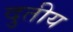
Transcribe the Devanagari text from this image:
दुतीय